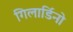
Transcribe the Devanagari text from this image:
गिलार्डिनो